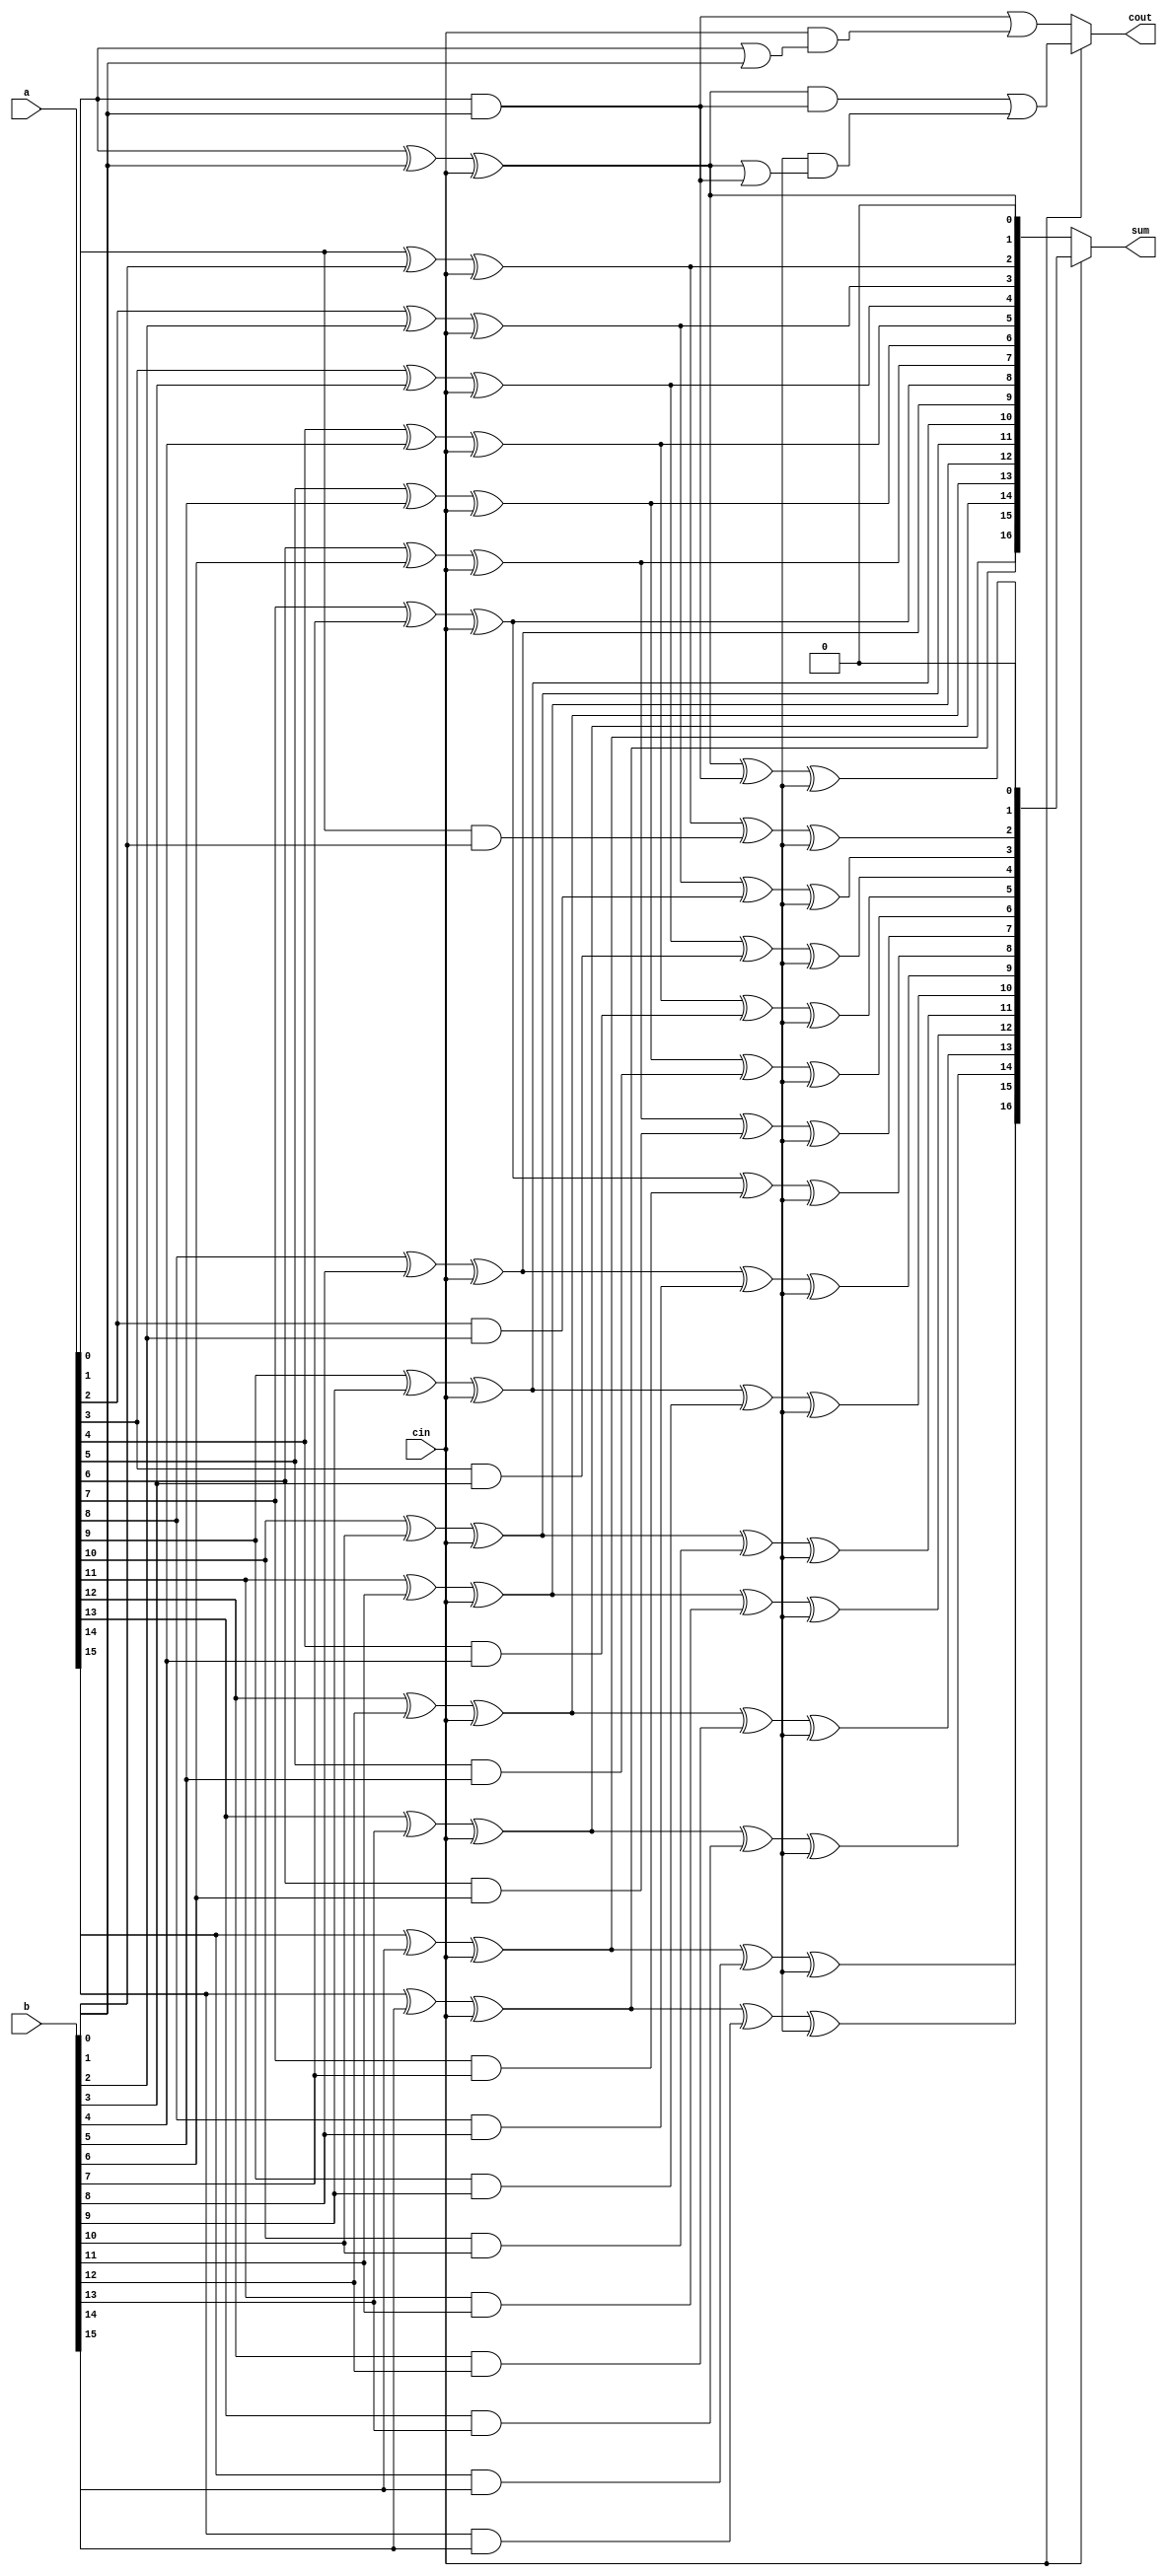
module carry_select_adder (
    input wire [15:0] a,
    input wire [15:0] b,
    input wire cin,
    output reg [16:0] sum,
    output reg cout
);

// Carry Select Block 1
reg [15:0] p1, g1;
reg [15:0] sum1_temp;
wire [16:0] sum1, cout1;

generate
genvar i;
for (i = 0; i < 16; i = i + 1) begin
    assign p1[i] = a[i] | b[i];
    assign g1[i] = a[i] & b[i];

    assign sum1_temp[i] = a[i] ^ b[i] ^ cin;
end
endgenerate

assign sum1 = {sum1_temp, 1'b0};
assign cout1 = ((a & b) | (cin & (a | b)));

// Carry Select Block 2
reg [15:0] p2, g2;
reg [15:0] sum2_temp;
wire [16:0] sum2, cout2;

generate
genvar i;
for (i = 0; i < 16; i = i + 1) begin
    assign p2[i] = sum1_temp[i] | g1[i] & carry1;
    assign g2[i] = sum1_temp[i] & g1[i];

    assign sum2_temp[i] = sum1_temp[i] ^ g1[i] ^ carry1;
end
endgenerate

assign sum2 = {sum2_temp, 1'b0};
assign cout2 = ((sum1_temp & g1) | (carry1 & (sum1_temp | g1)));

// Final output selection based on input carry
always @* begin
    if (cin == 0) begin
        sum = sum1;
        cout = cout1;
    end else begin
        sum = sum2;
        cout = cout2;
    end
end

endmodule